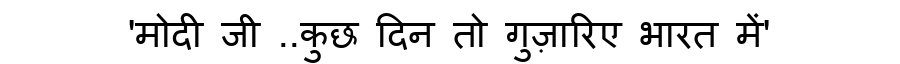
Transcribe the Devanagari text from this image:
'मोदी जी ..कुछ दिन तो गुज़ारिए भारत में'